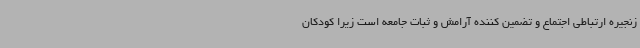
زنجیره ارتباطی اجتماع و تضمین کننده آرامش و ثبات جامعه است زیرا کودکان